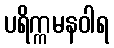
ပရိက္ကမနဝါရ